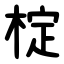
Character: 椗